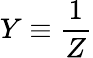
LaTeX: Y\equiv{\frac{1}{Z}}